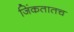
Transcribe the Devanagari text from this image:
जिंकतातच